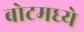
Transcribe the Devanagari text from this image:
बोटमध्ये